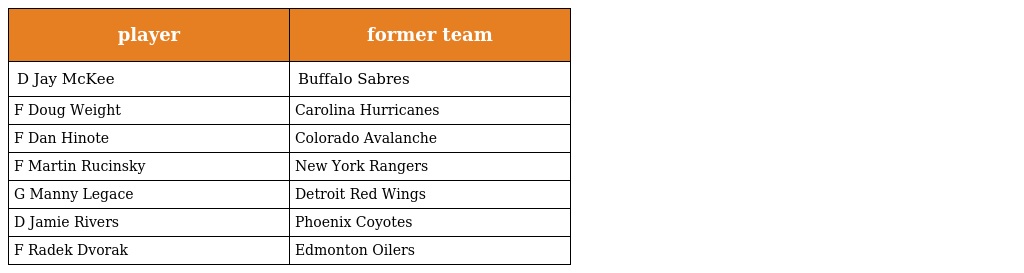
| player | former team |
 | --- | --- |
 | D Jay McKee | Buffalo Sabres |
 | F Doug Weight | Carolina Hurricanes |
 | F Dan Hinote | Colorado Avalanche |
 | F Martin Rucinsky | New York Rangers |
 | G Manny Legace | Detroit Red Wings |
 | D Jamie Rivers | Phoenix Coyotes |
 | F Radek Dvorak | Edmonton Oilers |